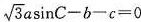
$$\sqrt{3}a \sin C-b-c=0.$$